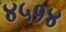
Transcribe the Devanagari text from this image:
४५१४